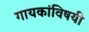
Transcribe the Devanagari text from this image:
गायकांविषयी